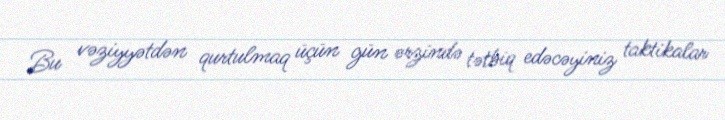
Bu vəziyyətdən qurtulmaq üçün gün ərzində tətbiq edəcəyiniz taktikalar